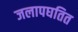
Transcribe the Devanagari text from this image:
जलापघतित